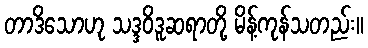
တာဒိသောဟု သဒ္ဒဝိဒူဆရာတို့ မိန့်ကုန်သတည်း။